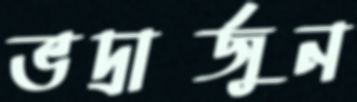
ভদ্রার্জুন